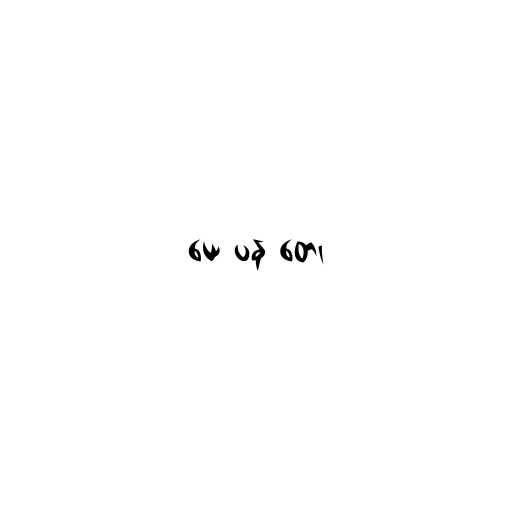
ယေ ပန တေ၊